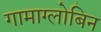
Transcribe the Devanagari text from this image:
गामाग्लोबिन